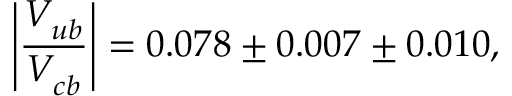
\left\vert { \frac { V _ { u b } ^ { \phantom { * } } } { V _ { c b } ^ { \phantom { * } } } } \right\vert = 0 . 0 7 8 \pm 0 . 0 0 7 \pm 0 . 0 1 0 ,